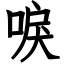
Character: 唳